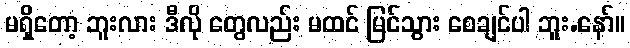
မရှိတော့ ဘူးလား ဒီလို တွေလည်း မထင် မြင်သွား စေချင်ပါ ဘူး.နော်။